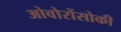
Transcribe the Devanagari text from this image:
ओवोरोंसोकी